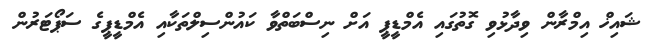
ޝައިޚް އިމްރާން ވިދާޅުވި ގޮތުގައި އެމްޑީޕީ އަށް ނިސްބަތްވާ ކައުންސިލްތަކާއި އެމްޑީޕީގެ ސަޕޯޓަރުން